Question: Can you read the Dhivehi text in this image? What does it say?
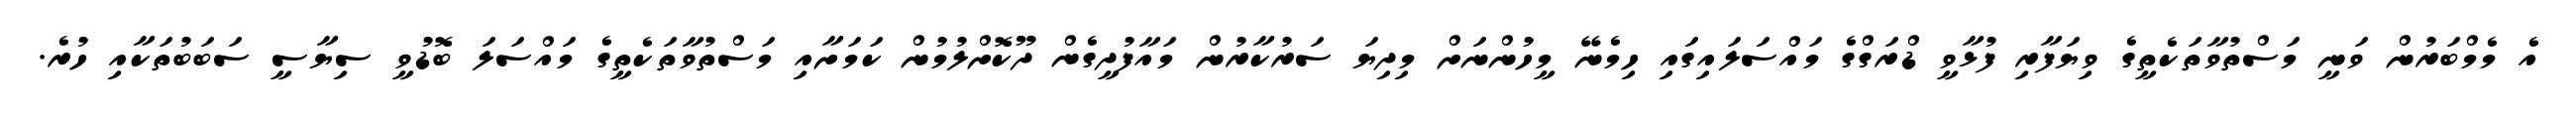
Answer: އެ މެމްބަރުން ވަނީ މަސްތުވާތަކެތީގެ ވިޔަފާރި ފުޅާވީ ޑްރަގްގެ މައްސަލައިގައި ހިމެނޭ މީހުންނަށް މިދިޔަ ސަރުކާރުން މައާފުދީގެން ދޫކޮށްލުމުން ކަމަށާއި މަސްތުވާތަކެތީގެ މައްސަލަ ބޮޑުވީ ސިޔާސީ ސަބަބުތަކާއި ހުރެ.